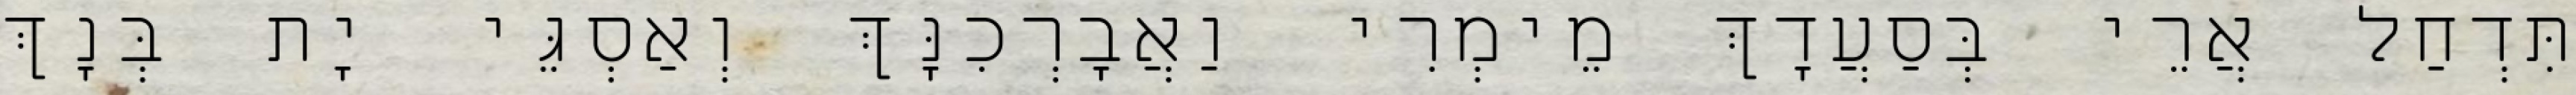
תִּדְחַל אֲרֵי בְּסַעֲדָךְ מֵימְרִי וַאֲבָרְכִנָּךְ וְאַסְגֵּי יָת בְּנָךְ